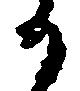
か